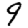
Digit: 9